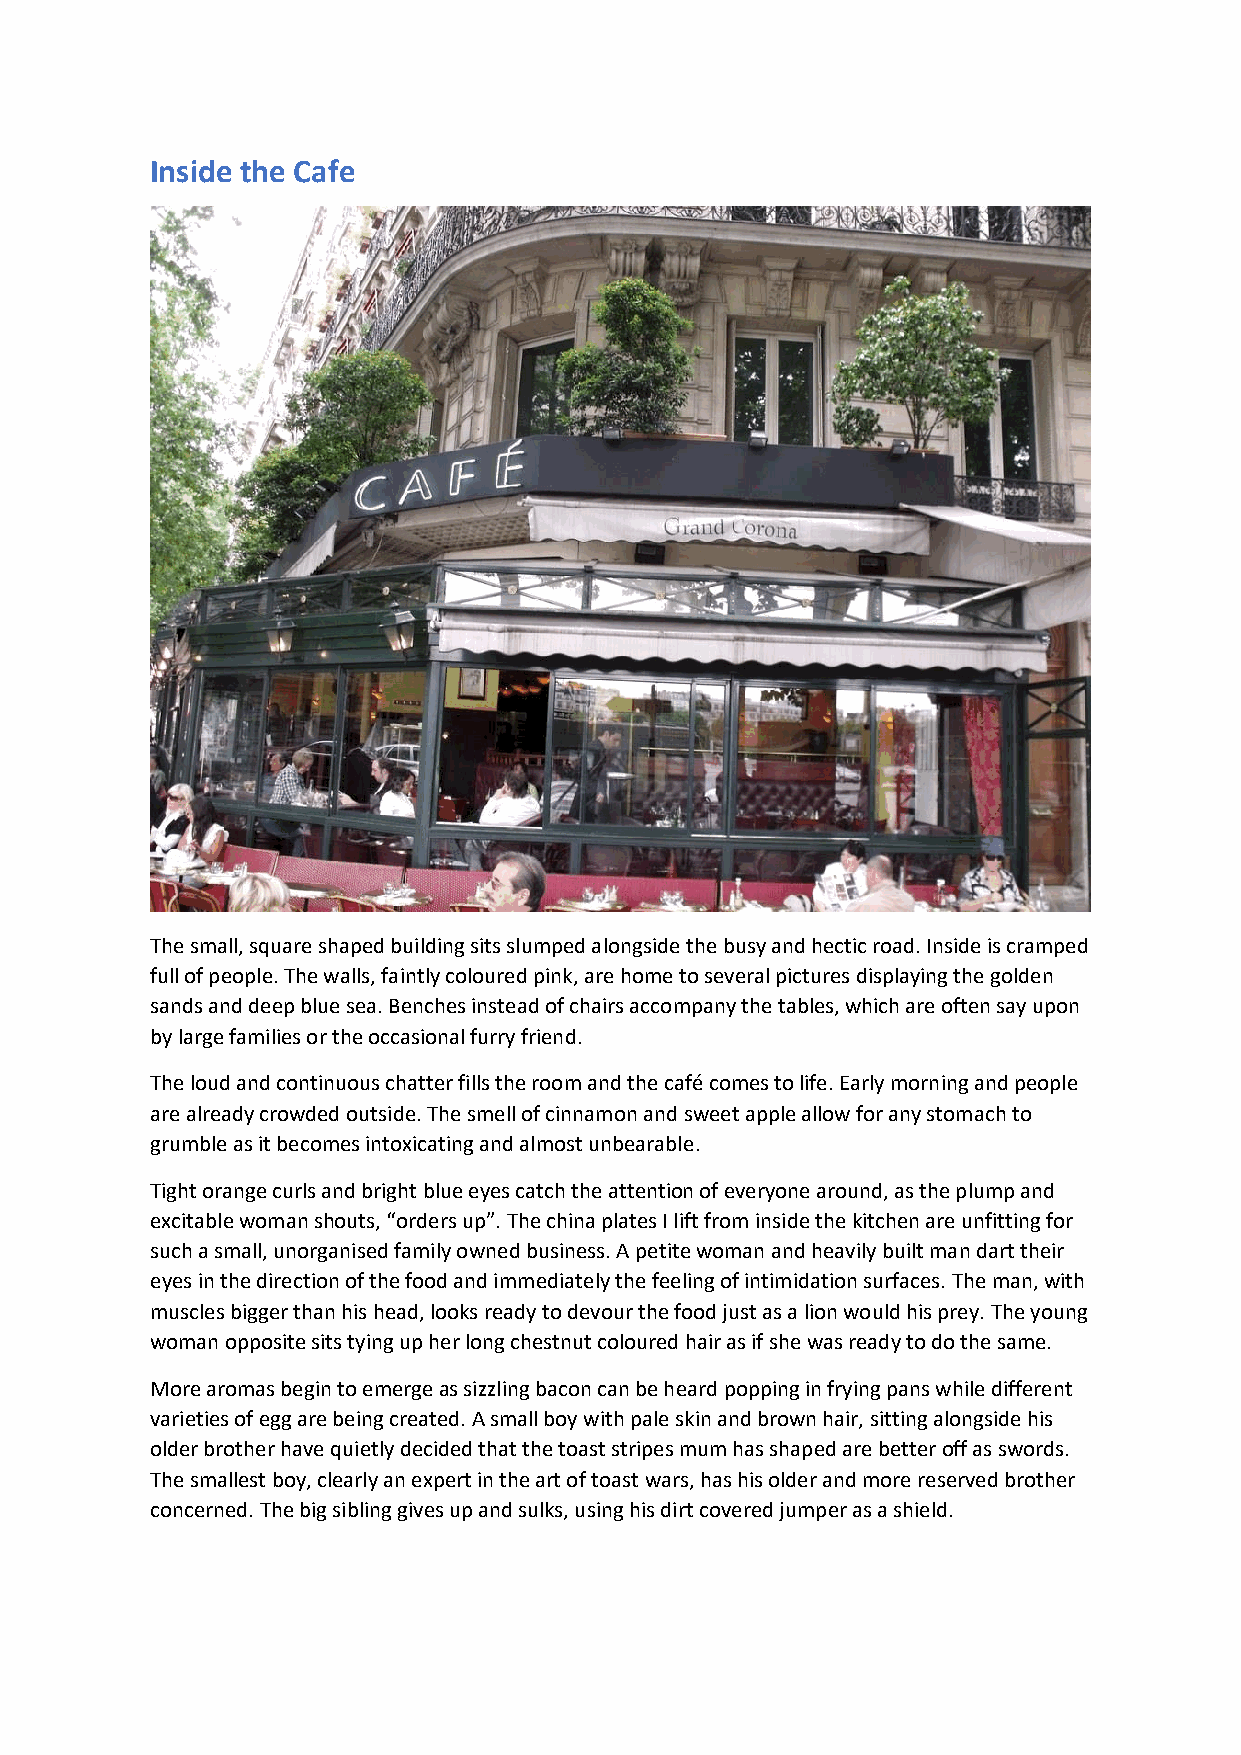
Inside the Cafe
 The small, square shaped building sits slumped alongside the busy and hectic road. Inside is cramped
 full of people. The walls, faintly coloured pink, are home to several pictures displaying the golden
 sands and deep blue sea. Benches instead of chairs accompany the tables, which are often say upon
 by large families or the occasional furry friend.
 The loud and continuous chatter fills the room and the café comes to life. Early morning and people
 are already crowded outside. The smell of cinnamon and sweet apple allow for any stomach to
 grumble as it becomes intoxicating and almost unbearable.
 Tight orange curls and bright blue eyes catch the attention of everyone around, as the plump and
 excitable woman shouts, “orders up”. The china plates I lift from inside the kitchen are unfitting for
 such a small, unorganised family owned business. A petite woman and heavily built man dart their
 eyes in the direction of the food and immediately the feeling of intimidation surfaces. The man, with
 muscles bigger than his head, looks ready to devour the food just as a lion would his prey. The young
 woman opposite sits tying up her long chestnut coloured hair as if she was ready to do the same.
 More aromas begin to emerge as sizzling bacon can be heard popping in frying pans while different
 varieties of egg are being created. A small boy with pale skin and brown hair, sitting alongside his
 older brother have quietly decided that the toast stripes mum has shaped are better off as swords.
 The smallest boy, clearly an expert in the art of toast wars, has his older and more reserved brother
 concerned. The big sibling gives up and sulks, using his dirt covered jumper as a shield.